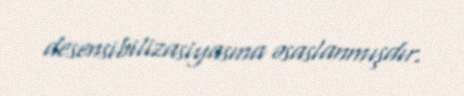
desensibilizasiyasına əsaslanmışdır.